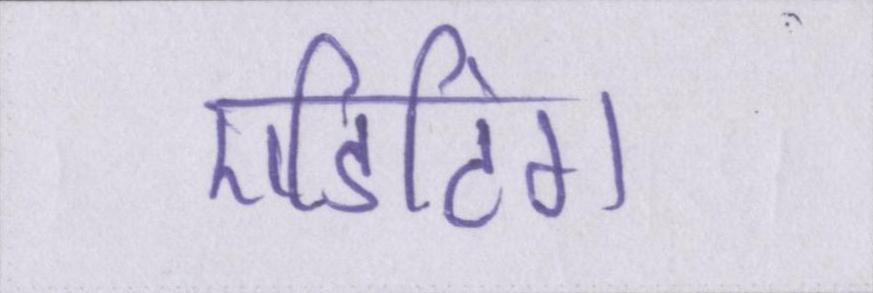
एडिटिंग